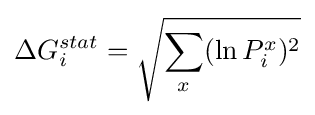
\Delta G_{i}^{stat}={\sqrt {\sum _{x}(\ln P_{i}^{x})^{2}}}